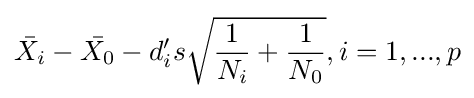
{\bar {X_{i}}}-{\bar {X_{0}}}-d_{i}'s{\sqrt {{\frac {1}{N_{i}}}+{\frac {1}{N_{0}}}}},i=1,...,p